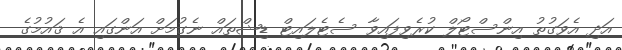
އަދި އެވަގުތު އިންސްޓޯލް ކުރެވިފައިވާ ސެޓެލައިޓް ޑިޝްތައް ނެގުމަށް އަންގައި އެ ޤައުމުގެ